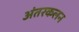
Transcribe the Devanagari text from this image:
अंतरकलन